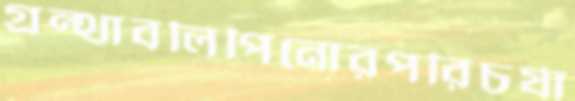
গ্রন্থাবলিপিনোরপরিচর্যা